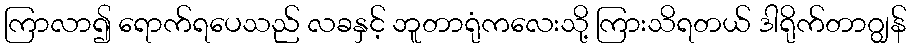
ကြာလာ၍ ရောက်ရပေသည် လခနှင့် ဘူတာရုံကလေးသို့ ကြားသိရတယ် ဒါရိုက်တာဂျွန်